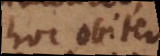
hoc obiter